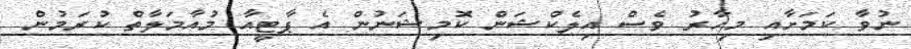
ނުވާ ކަމަށާއި މިހާރު ވެސް އިލެކްޝަން ކޮމިޝަނުން އެ ޕާޓީއާ މުއާމަލާތް ކުރަމުން